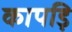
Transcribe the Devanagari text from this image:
कापड़ि